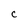
Character: c